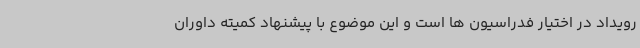
رویداد در اختیار فدراسیون ها است و این موضوع با پیشنهاد کمیته داوران